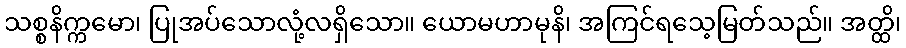
သစ္စနိက္ကမော၊ ပြုအပ်သောလုံ့လရှိသော။ ယောမဟာမုနိ၊ အကြင်ရသေ့မြတ်သည်။ အတ္ထိ၊